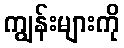
ကျွန်းများကို